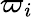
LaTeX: \varpi_{i}